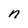
Character: n